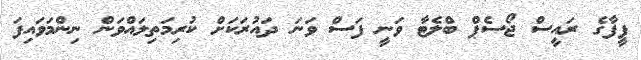
ފީފާގެ ރައީސް ޖޯސެޕް ބްލެޓާ ވަނީ ފަސް ވަނަ ދައުރަކަށް ކުރިމަތިލައްވަން ނިންމަވައިފަ